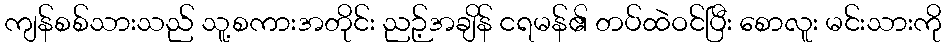
ကျန်စစ်သားသည် သူ့စကားအတိုင်း ညဉ့်အချိန် ငရမန်၏ တပ်ထဲဝင်ပြီး စောလူး မင်းသားကို